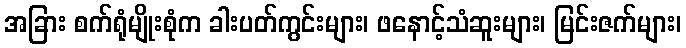
အခြား စက်ရုံမျိုးစုံက ခါးပတ်ကွင်းများ၊ ဖနောင့်သံဆူးများ၊ မြင်းဇက်များ၊